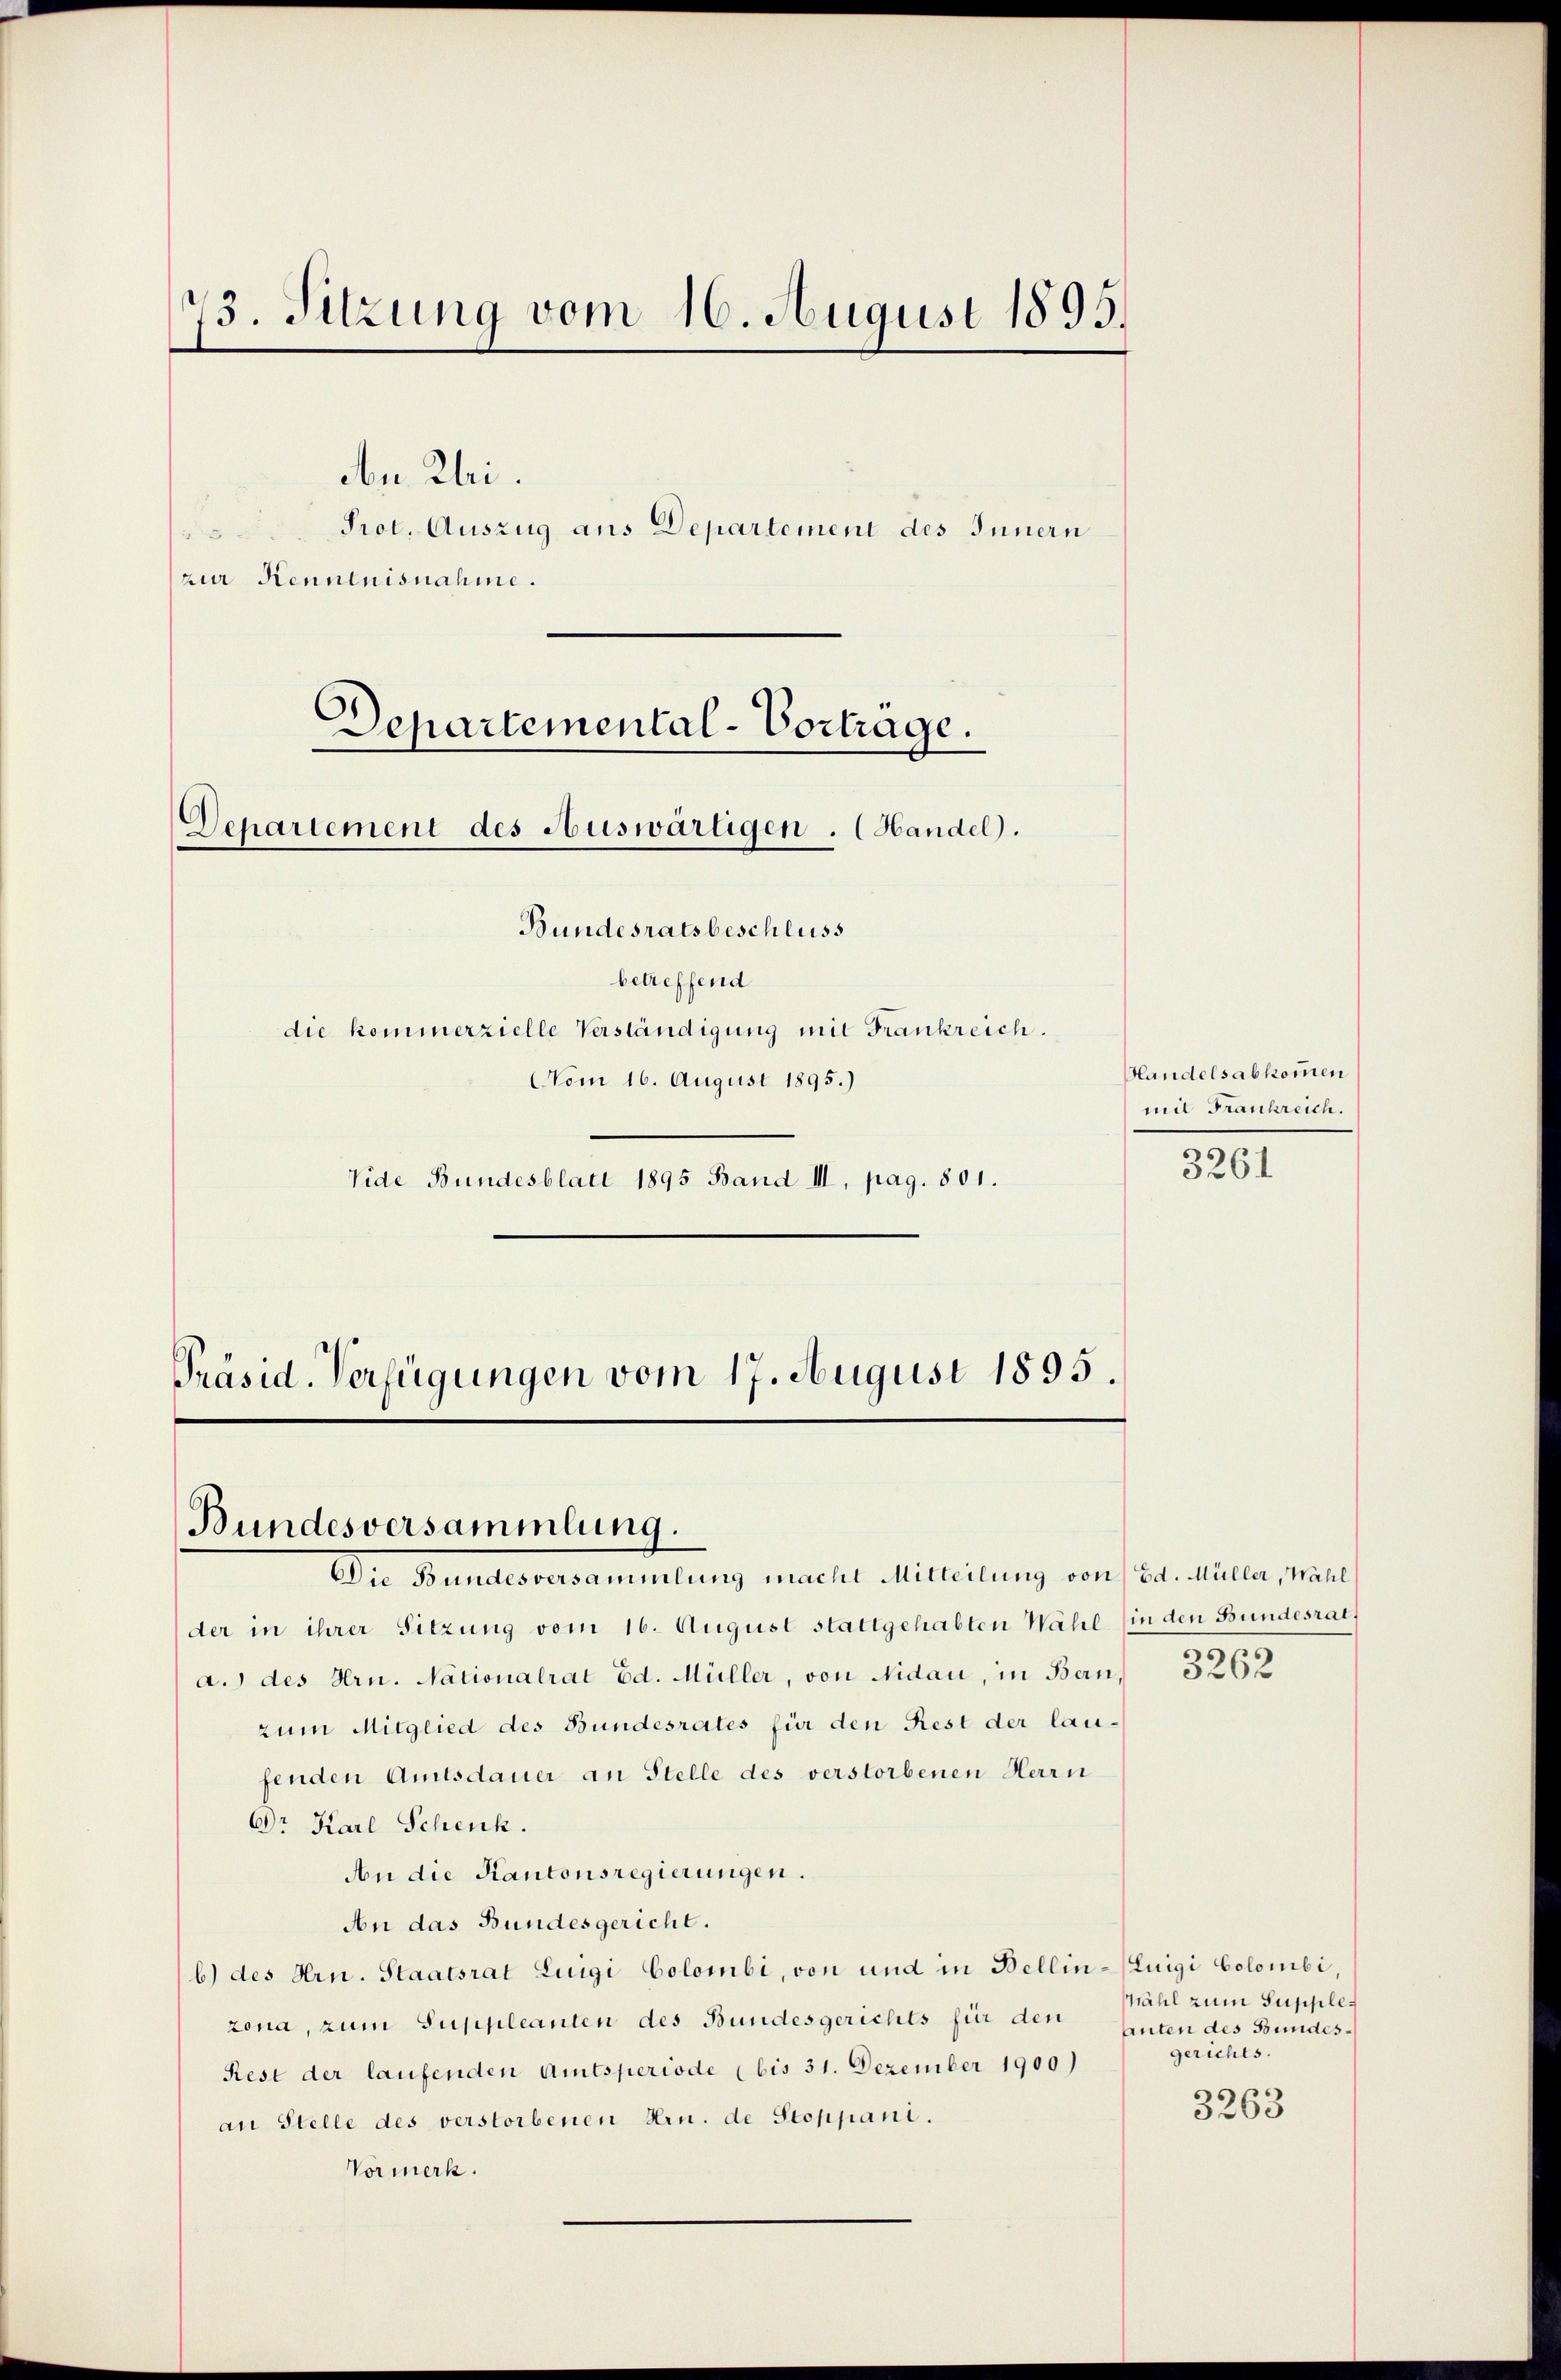
73. Sitzung vom 16. August 1895.

An Rhei.
Prot. Auszug aus Departement des Innern
F
zur Kenntnisnahme.

Departemental-Vortrage.
Departement des Auswärtigen. (Handel.

Bundesratsbeschluss
betreffend
die kommerzielle Verständigung mit Frankreich.
Vom 16. August 1895.)
Vide Bundesblatt 1895 Band III, pag. 801.
Präsid. Verfügungen vom 17. August 1895.

Bundesversammlung.

Die Bundesversammlung macht Mitteilung von Ed. Müller, Wahl
der in ihrer Sitzung vom 16. August stattgehabten Wahl (in den Bundesrat
a.) des Hrn. Nationalrat Ed. Müller, von Nidau, in Bern,
zum Mitglied des Bundesrates für den Rest der laufenden Amtsdauer an Stelle des verstorbenen Herrn
Dr. Karl Schenk.
An die Kantonsregierungen.
An das Bundesgericht.
b) des Hrn. Staatsrat Liugi Colombi, von und in Bellin-Luigi Colombi,
zona, zum Suppleanten des Bundesgerichts für den
Rest der laufenden Amtsperiode (bis 31. Dezember 1900)
an Stelle des verstorbenen Hrn. de Stoppani.
Vormerk.

Handelsabkommen
mit Frankreich.

3261

3262

Wahl zum Supple¬
Auten des Bundesgerichts.

3263